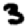
Digit: 3